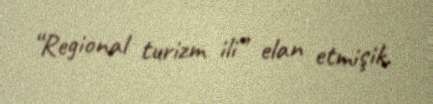
“Regional turizm ili” elan etmişik.